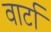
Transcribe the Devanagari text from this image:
वार्टा